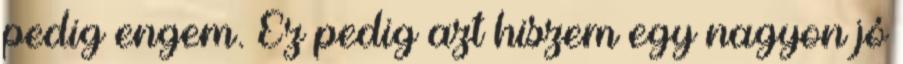
pedig engem. Ez pedig azt hiszem egy nagyon jó